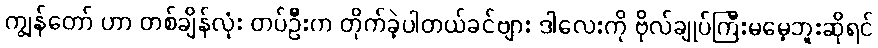
ကျွန်တော် ဟာ တစ်ချိန်လုံး တပ်ဦးက တိုက်ခဲ့ပါတယ်ခင်ဗျား ဒါလေးကို ဗိုလ်ချုပ်ကြီးမမေ့ဘူးဆိုရင်